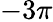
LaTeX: -3\pi